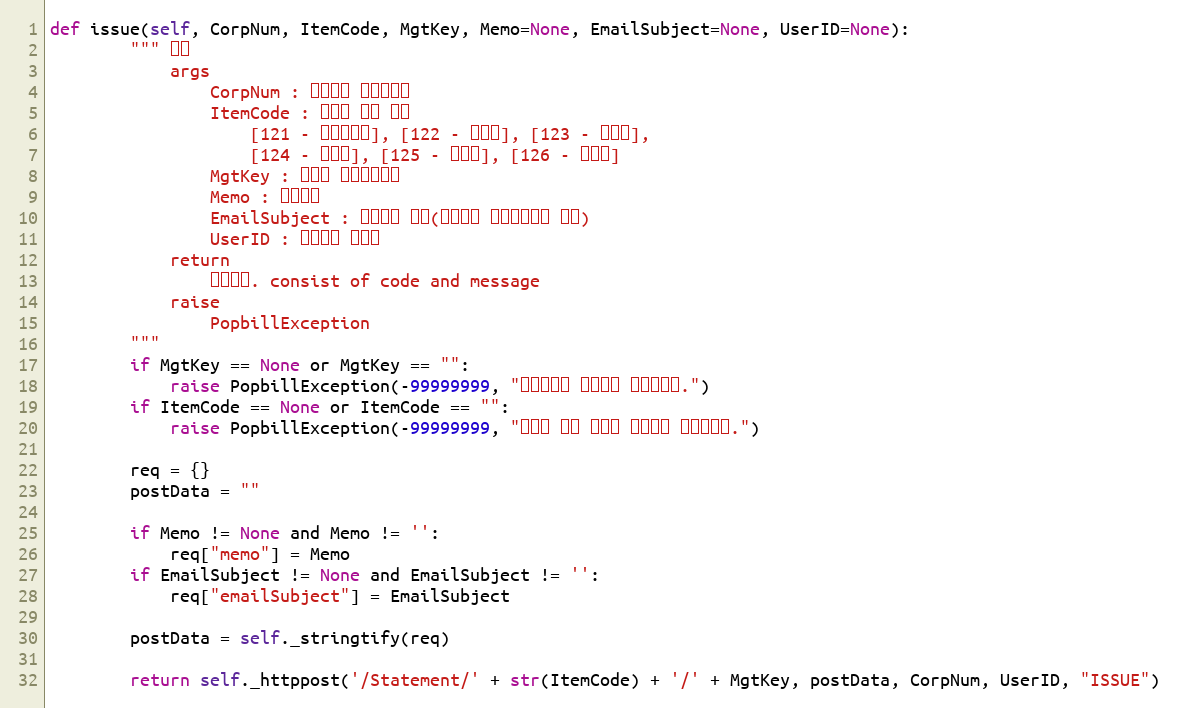
Language: Python
def issue(self, CorpNum, ItemCode, MgtKey, Memo=None, EmailSubject=None, UserID=None):
        """ 발행
            args
                CorpNum : 팝빌회원 사업자번호
                ItemCode : 명세서 종류 코드
                    [121 - 거래명세서], [122 - 청구서], [123 - 견적서],
                    [124 - 발주서], [125 - 입금표], [126 - 영수증]
                MgtKey : 파트너 문서관리번호
                Memo : 처리메모
                EmailSubject : 발행메일 제목(미기재시 기본양식으로 전송)
                UserID : 팝빌회원 아이디
            return
                처리결과. consist of code and message
            raise
                PopbillException
        """
        if MgtKey == None or MgtKey == "":
            raise PopbillException(-99999999, "관리번호가 입력되지 않았습니다.")
        if ItemCode == None or ItemCode == "":
            raise PopbillException(-99999999, "명세서 종류 코드가 입력되지 않았습니다.")

        req = {}
        postData = ""

        if Memo != None and Memo != '':
            req["memo"] = Memo
        if EmailSubject != None and EmailSubject != '':
            req["emailSubject"] = EmailSubject

        postData = self._stringtify(req)

        return self._httppost('/Statement/' + str(ItemCode) + '/' + MgtKey, postData, CorpNum, UserID, "ISSUE")